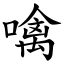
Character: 噙